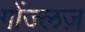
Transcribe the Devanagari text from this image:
गोंज्लज़